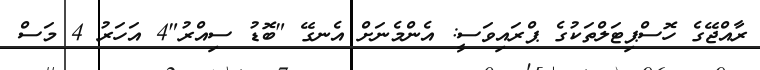
ރާއްޖޭގެ ހޮސްޕިޓަލްތަކުގެ ޕްރައިވަސީ: އެންމެނަށް އެނގޭ "ބޮޑު ސިއްރު"4 އަހަރު 4 މަސް